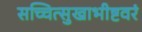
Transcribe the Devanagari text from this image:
सच्चित्सुखाभीष्टवरं